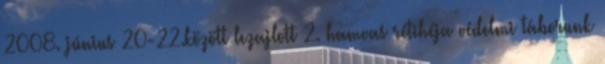
2008. június 20-22.között lezajlott 2. hamvas rétihéja védelmi táborunk